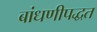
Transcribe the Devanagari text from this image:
बांधणीपद्धत